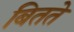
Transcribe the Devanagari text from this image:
बितते